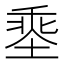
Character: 𡏕